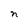
Character: n